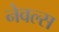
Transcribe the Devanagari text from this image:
नेवल्स